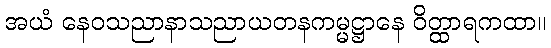
အယံ နေဝသညာနာသညာယတနကမ္မဋ္ဌာနေ ဝိတ္ထာရကထာ။